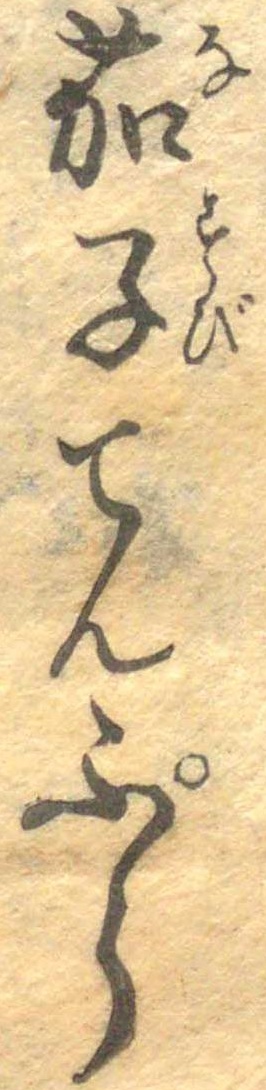
茄子てんぷら